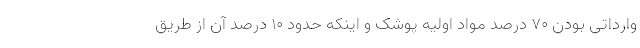
وارداتی بودن ۷۰ درصد مواد اولیه پوشک و اینکه حدود ۱۰ درصد آن از طریق